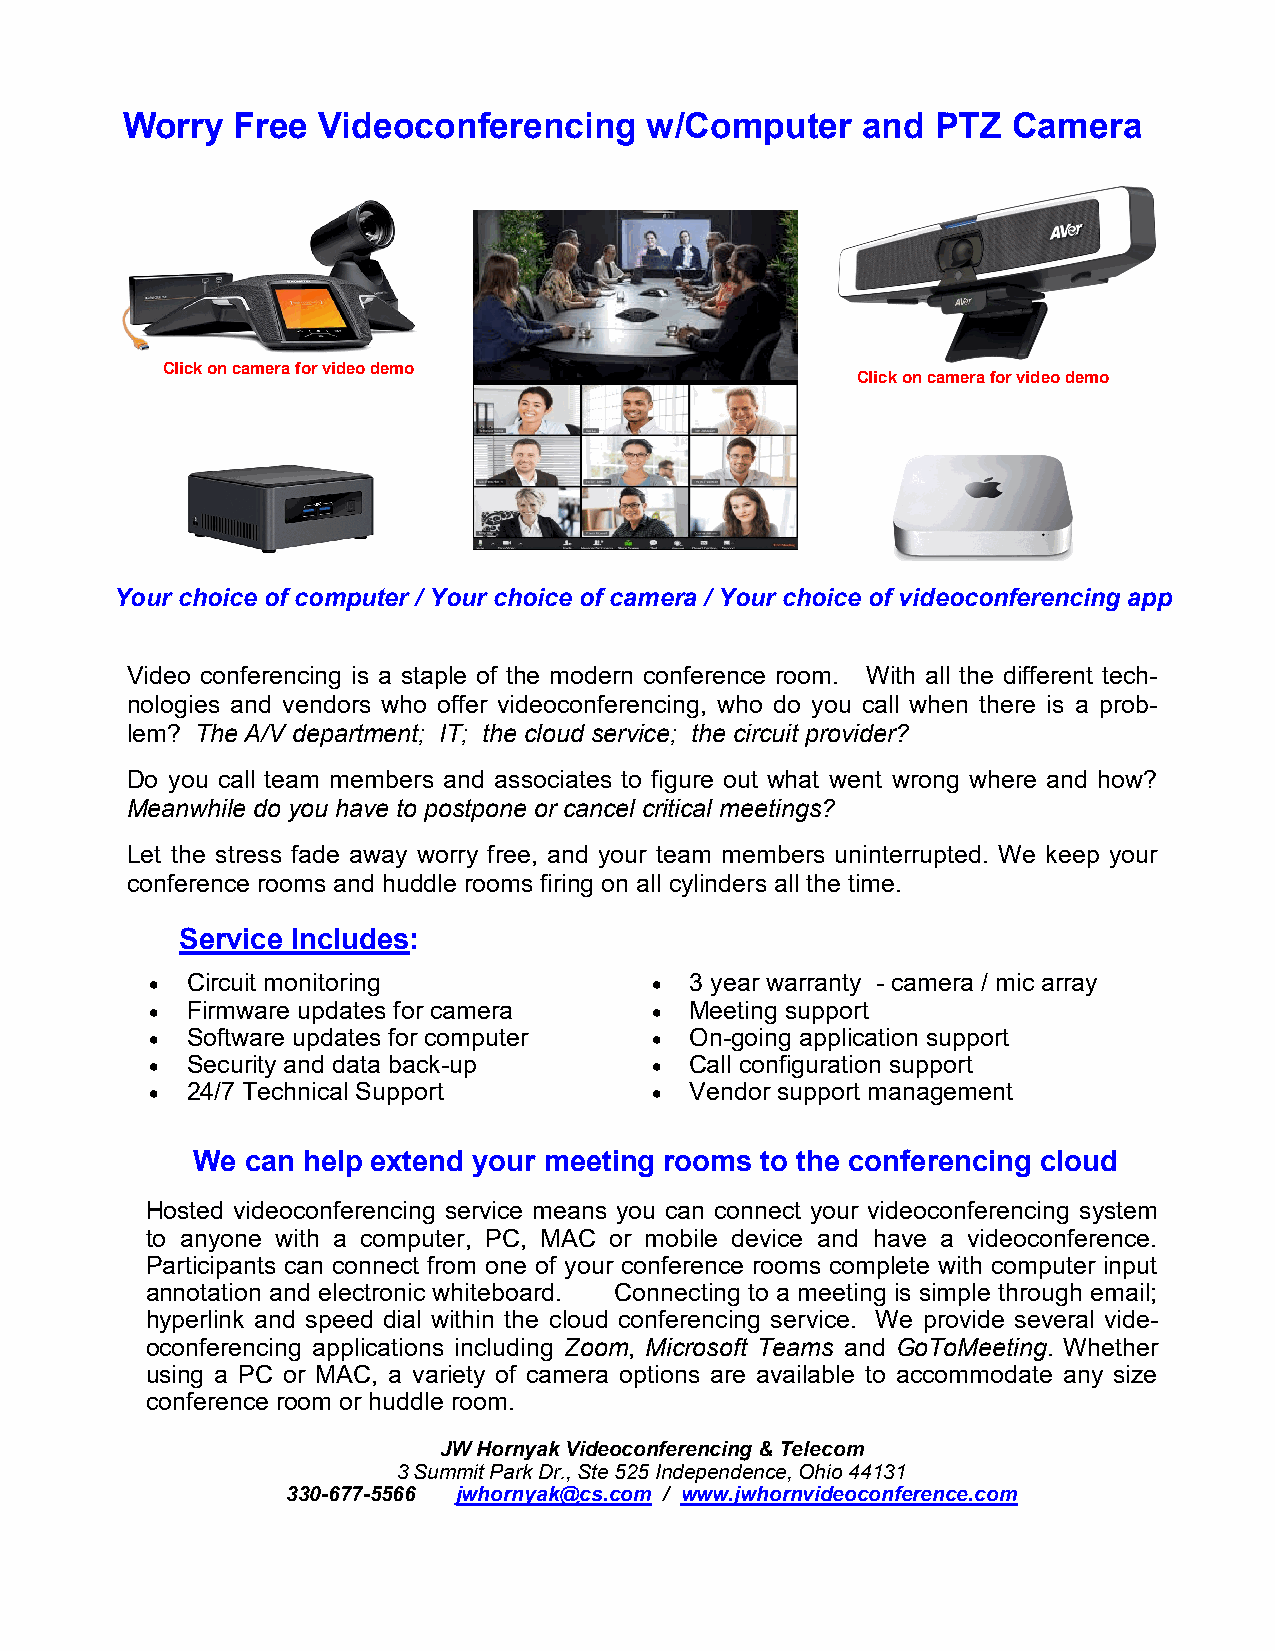
Worry   Free Videoconferencing     w/Computer    and  PTZ  Camera
 Click on camera for video demo
 Click on camera for video demo
 Your choice of computer / Your choice of camera / Y our choice of videoconferencing app
 Video conferencing is a staple of the modern conference room. With all the different tech-
 nologies and vendors who offer videoconferencing, who do you call when there is a prob-
 lem? The A/V department; IT; the cloud service; the circuit provider?
 Do you call team members and associates to figure out what went wrong where and how?
 Meanwhile do you have to postpone or cancel critical meetings?
 Let the stress fade away worry free, and your team members uninterrupted. We keep your
 conference rooms and huddle rooms firing on all cylinders all the time.
 Service Includes:
 • Circuit monitoring             •  3 year warranty - camera / mic array
 • Firmware updates for camera    •  Meeting support
 • Software updates for computer  •  On-going application support
 • Security and data back-up      •  Call configuration support
 • 24/7 Technical Support         •  Vendor support management
 We can help extend your meeting rooms to the conferencing cloud
 Hosted videoconferencing service means you can connect your videoconferencing system
 to anyone with a computer, PC, MAC or mobile device and have a videoconference.
 Participants can connect from one of your conference rooms complete with computer input
 annotation and electronic whiteboard. Connecting to a meeting is simple through email;
 hyperlink and speed dial within the cloud conferencing service. We provide several vide-
 oconferencing applications including Zoom, Microsoft Teams and GoToMeeting. Whether
 using a PC or MAC, a variety of camera options are available to accommodate any size
 conference room or huddle room.
 JW Hornyak Videoconferencing & Telecom
 3 Summit Park Dr., Ste 525 Independence, Ohio 44131
 330-677-5566 jwhornyak@cs.com / www.jwhornvideoconference.com